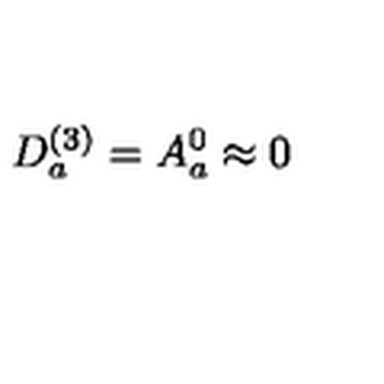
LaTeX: D _ { a } ^ { ( 3 ) } = A _ { a } ^ { 0 } \approx 0